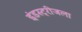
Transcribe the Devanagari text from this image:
इंडस्ट्रीजला